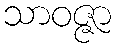
သာဝဇ္ဇာ